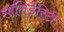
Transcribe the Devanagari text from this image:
सॉलिडैरिटी